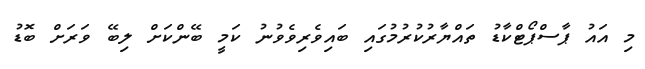
މި އައު ޕާސްޕޯޓްކާޑު ތައްޔާރުކުރުމުގައި ބައިވެރިވެވުނު ކަމީ ބޭންކަށް ލިބޭ ވަރަށް ބޮޑު